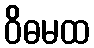
ဝိဓမထ